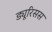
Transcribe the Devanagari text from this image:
ड्यूरिसस